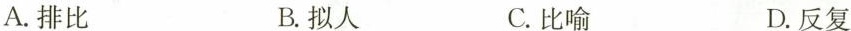
A.排比 B.拟人C.比喻 D.反复